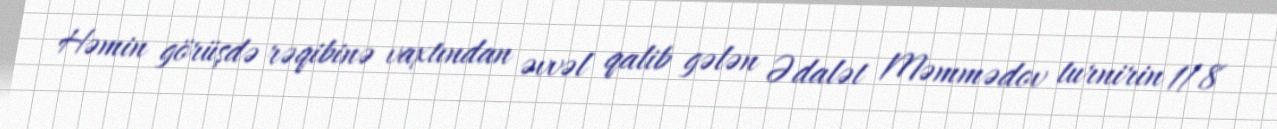
Həmin görüşdə rəqibinə vaxtından əvvəl qalib gələn Ədalət Məmmədov turnirin 1/8